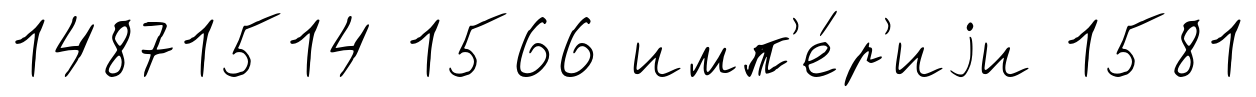
14871514 1566 имп'е́р'иjи 1581